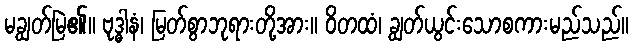
မချွတ်မြဲ၏။ ဗုဒ္ဓါနံ၊ မြတ်စွာဘုရားတို့အား။ ဝိတထံ၊ ချွတ်ယွင်းသောစကားမည်သည်။